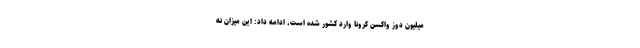
میلیون دوز واکسن کرونا وارد کشور شده است، ادامه داد: این میزان نه